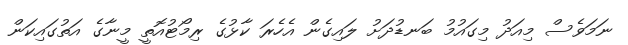
ނަމަވެސް މިއަދު މިގައުމު ބަނޑުދަށު ލައިގެން އެހެރަ ކާޅުގެ ރިމޯޓުއޮތީ މީނާގެ އަތުގައިކަން